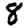
Digit: 8